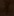
Text: 1